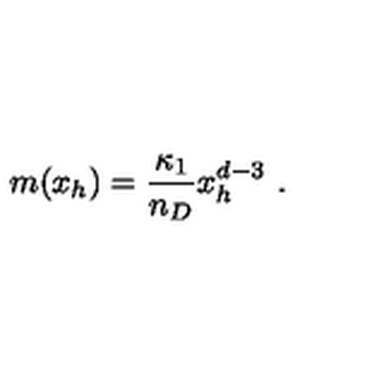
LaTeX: m ( x _ { h } ) = \frac { \kappa _ { 1 } } { n _ { D } } x _ { h } ^ { d - 3 } \ .